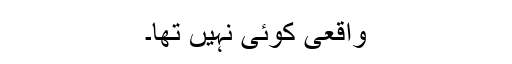
واقعی کوئی نہیں تھا۔